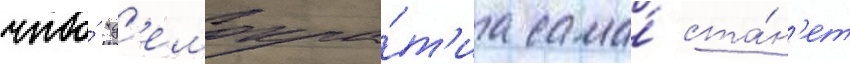
что́ "д'емокра́т'иа сама́ ста́н'ет